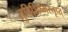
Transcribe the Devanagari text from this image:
तुविशिष्मस्तृप्त्